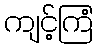
ကျင့်ကြံ